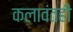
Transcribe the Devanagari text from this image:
कलावंतही